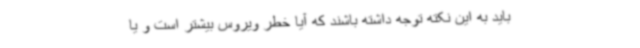
باید به این نکته توجه داشته باشند که آیا خطر ویروس بیشتر است و یا